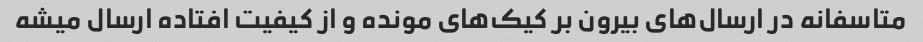
متاسفانه در ارسال‌های بیرون بر کیک‌های مونده و از کیفیت افتاده ارسال میشه